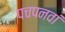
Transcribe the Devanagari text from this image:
पचपनवां